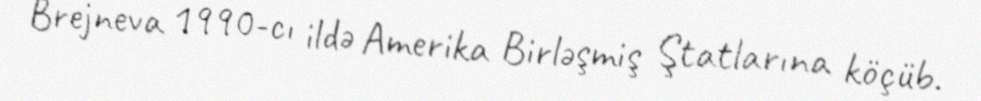
Brejneva 1990-cı ildə Amerika Birləşmiş Ştatlarına köçüb.